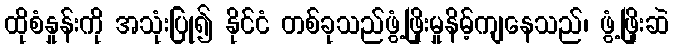
ထိုစံနှုန်းကို အသုံးပြု၍ နိုင်ငံ တစ်ခုသည်ဖွံ့ဖြိုးမှုနိမ့်ကျနေသည်၊ ဖွံ့ဖြိုးဆဲ